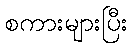
စကားများပြီး